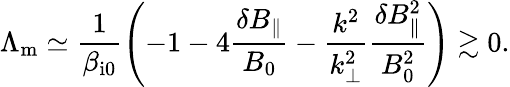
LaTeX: \Lambda_{\mathrm{m}}\simeq\frac{1}{\beta_{\mathrm{i0}}}\left(-1-4\frac{\delta B_{\parallel}}{B_{0}}-\frac{k^{2}}{k_{\perp}^{2}}\frac{\delta B_{\parallel}^{2}}{B_{0}^{2}}\right)\gtrsim 0.